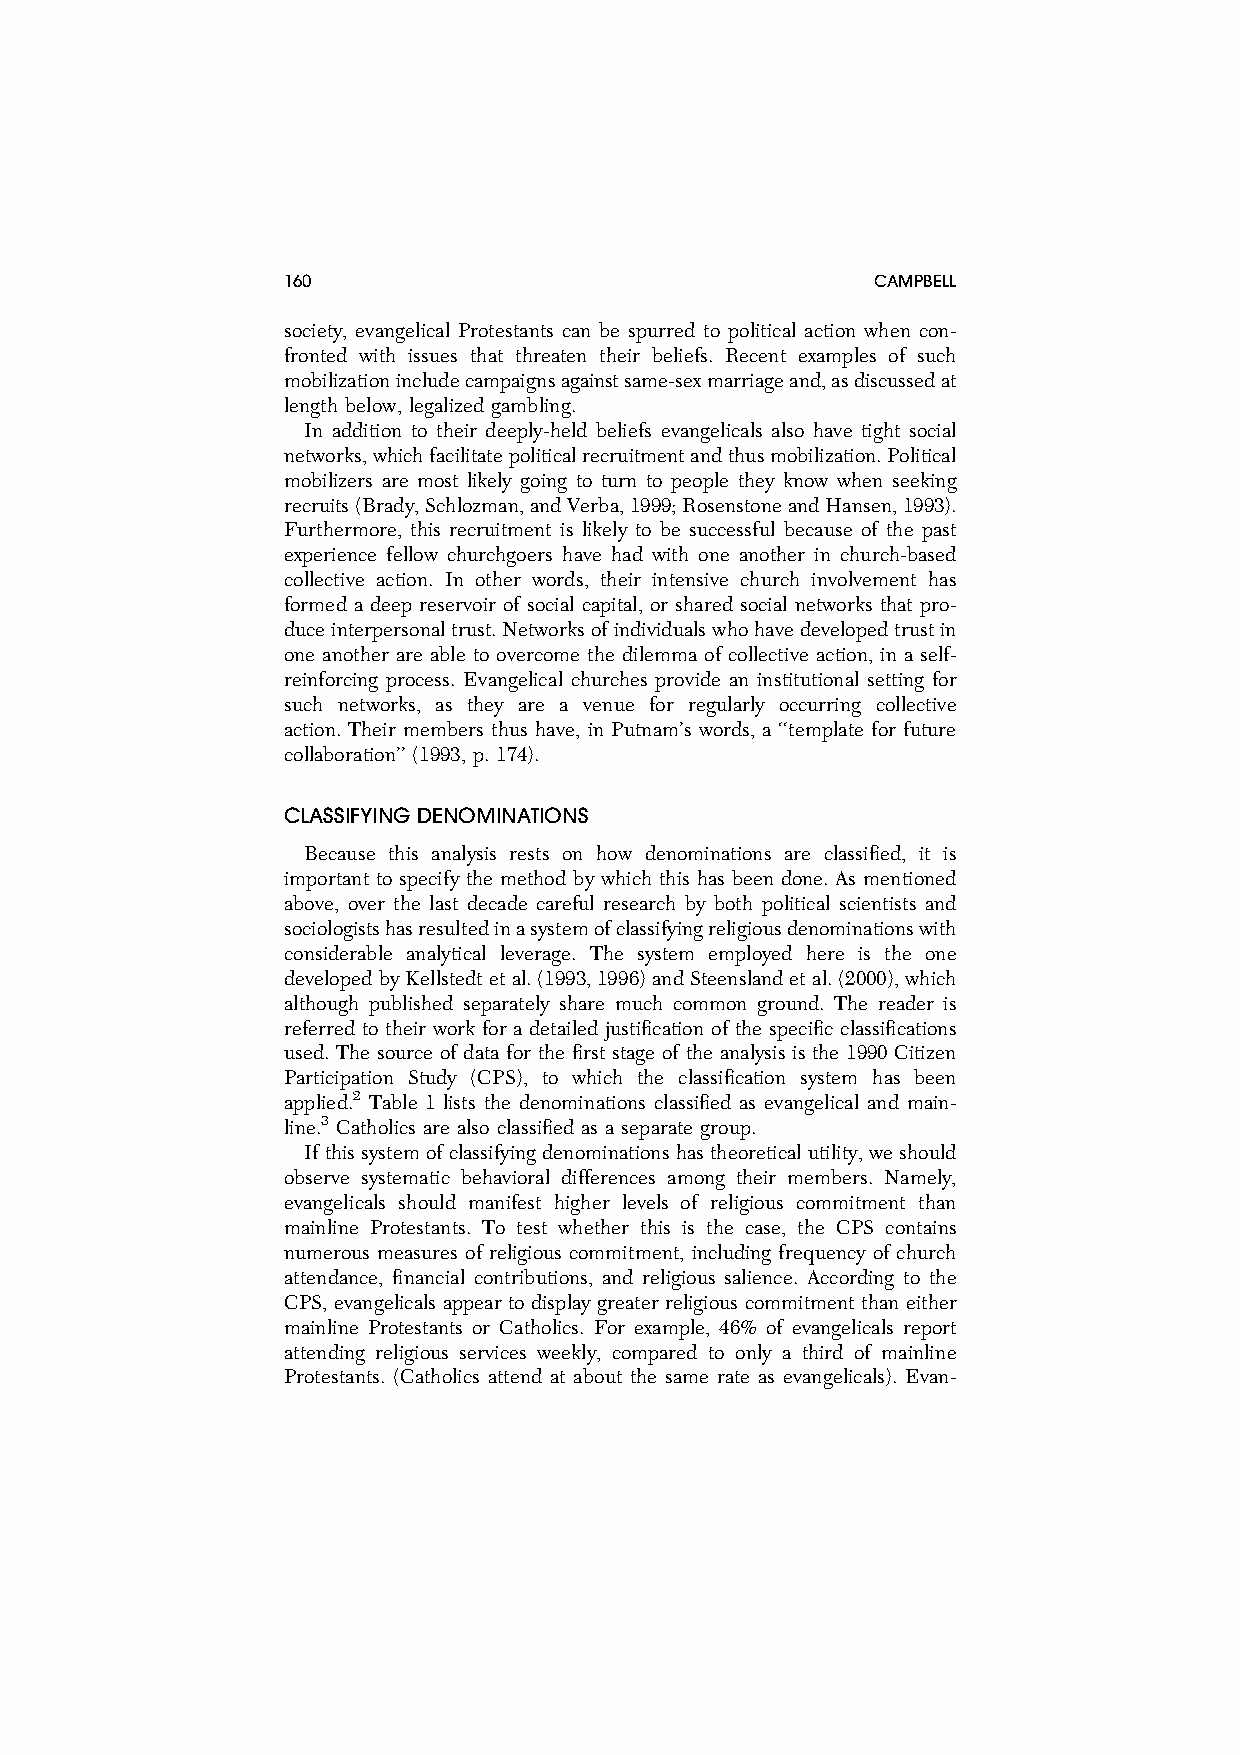
160                                    CAMPBELL
 society, evangelical Protestants can be spurred to political action when con-
 fronted with issues that threaten their beliefs. Recent examples of such
 mobilizationincludecampaignsagainstsame-sexmarriageand,asdiscussedat
 length below, legalized gambling.
 In addition to their deeply-held beliefs evangelicals also have tight social
 networks,whichfacilitatepoliticalrecruitmentandthusmobilization.Political
 mobilizers are most likely going to turn to people they know when seeking
 recruits(Brady,Schlozman,andVerba,1999;RosenstoneandHansen,1993).
 Furthermore, this recruitment is likely to be successful because of the past
 experience fellow churchgoers have had with one another in church-based
 collective action. In other words, their intensive church involvement has
 formed a deep reservoir of social capital, or shared social networks that pro-
 duceinterpersonaltrust.Networksofindividualswhohavedevelopedtrustin
 one another are able to overcome the dilemma of collective action, in a self-
 reinforcing process. Evangelical churches provide an institutional setting for
 such networks, as they are a venue for regularly occurring collective
 action. Their members thus have, in Putnam’s words, a ‘‘template for future
 collaboration’’ (1993, p. 174).
 CLASSIFYING DENOMINATIONS
 Because this analysis rests on how denominations are classified, it is
 important to specify the method by which this has been done. As mentioned
 above, over the last decade careful research by both political scientists and
 sociologistshasresultedinasystemofclassifyingreligiousdenominationswith
 considerable analytical leverage. The system employed here is the one
 developedbyKellstedtetal.(1993,1996)andSteenslandetal.(2000),which
 although published separately share much common ground. The reader is
 referred to their work for a detailed justification of the specific classifications
 used. The source of data for the first stage of the analysis is the 1990 Citizen
 Participation Study (CPS), to which the classification system has been
 applied.2 Table 1 lists the denominations classified as evangelical and main-
 line.3 Catholics are also classified as a separate group.
 Ifthissystemofclassifyingdenominationshastheoreticalutility,weshould
 observe systematic behavioral differences among their members. Namely,
 evangelicals should manifest higher levels of religious commitment than
 mainline Protestants. To test whether this is the case, the CPS contains
 numerous measures of religious commitment, including frequency of church
 attendance, financial contributions, and religious salience. According to the
 CPS, evangelicals appear to display greater religious commitment than either
 mainline Protestants or Catholics. For example, 46% of evangelicals report
 attending religious services weekly, compared to only a third of mainline
 Protestants. (Catholics attend at about the same rate as evangelicals). Evan-